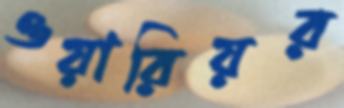
ওয়ারিয়র